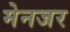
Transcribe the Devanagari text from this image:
मेनजर